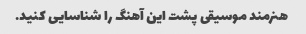
هنرمند موسیقی پشت این آهنگ را شناسایی کنید.